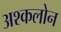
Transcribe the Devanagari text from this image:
अश्कलोन